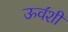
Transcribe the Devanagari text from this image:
ऊव॔शी